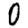
Digit: 0